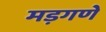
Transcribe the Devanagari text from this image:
मड़गणे